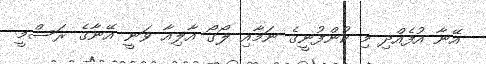
އޭނާ އުފެއްދި މި ކުންފުނީގެ ނަމާއި ލޯގޯ އާލިއާ ވަނީ އޭނާގެ ރަސްމީ